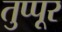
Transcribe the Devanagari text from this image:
तुप्पूर